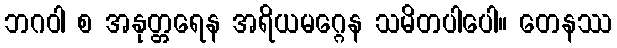
ဘဂဝါ စ အနုတ္တရေန အရိယမဂ္ဂေန သမိတပါပေါ။ တေနဿ